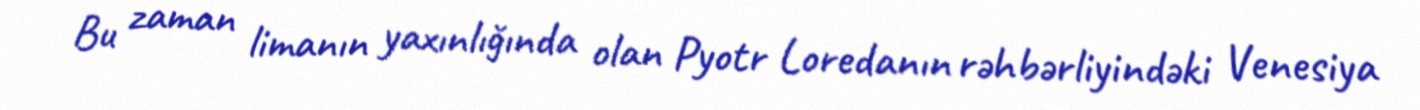
Bu zaman limanın yaxınlığında olan Pyotr Loredanın rəhbərliyindəki Venesiya